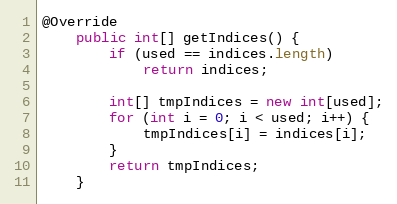
Language: Java
@Override
    public int[] getIndices() {
        if (used == indices.length)
            return indices;

        int[] tmpIndices = new int[used];
        for (int i = 0; i < used; i++) {
        	tmpIndices[i] = indices[i];
        }
        return tmpIndices;
    }